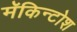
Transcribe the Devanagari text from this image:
मॅकिन्टोश